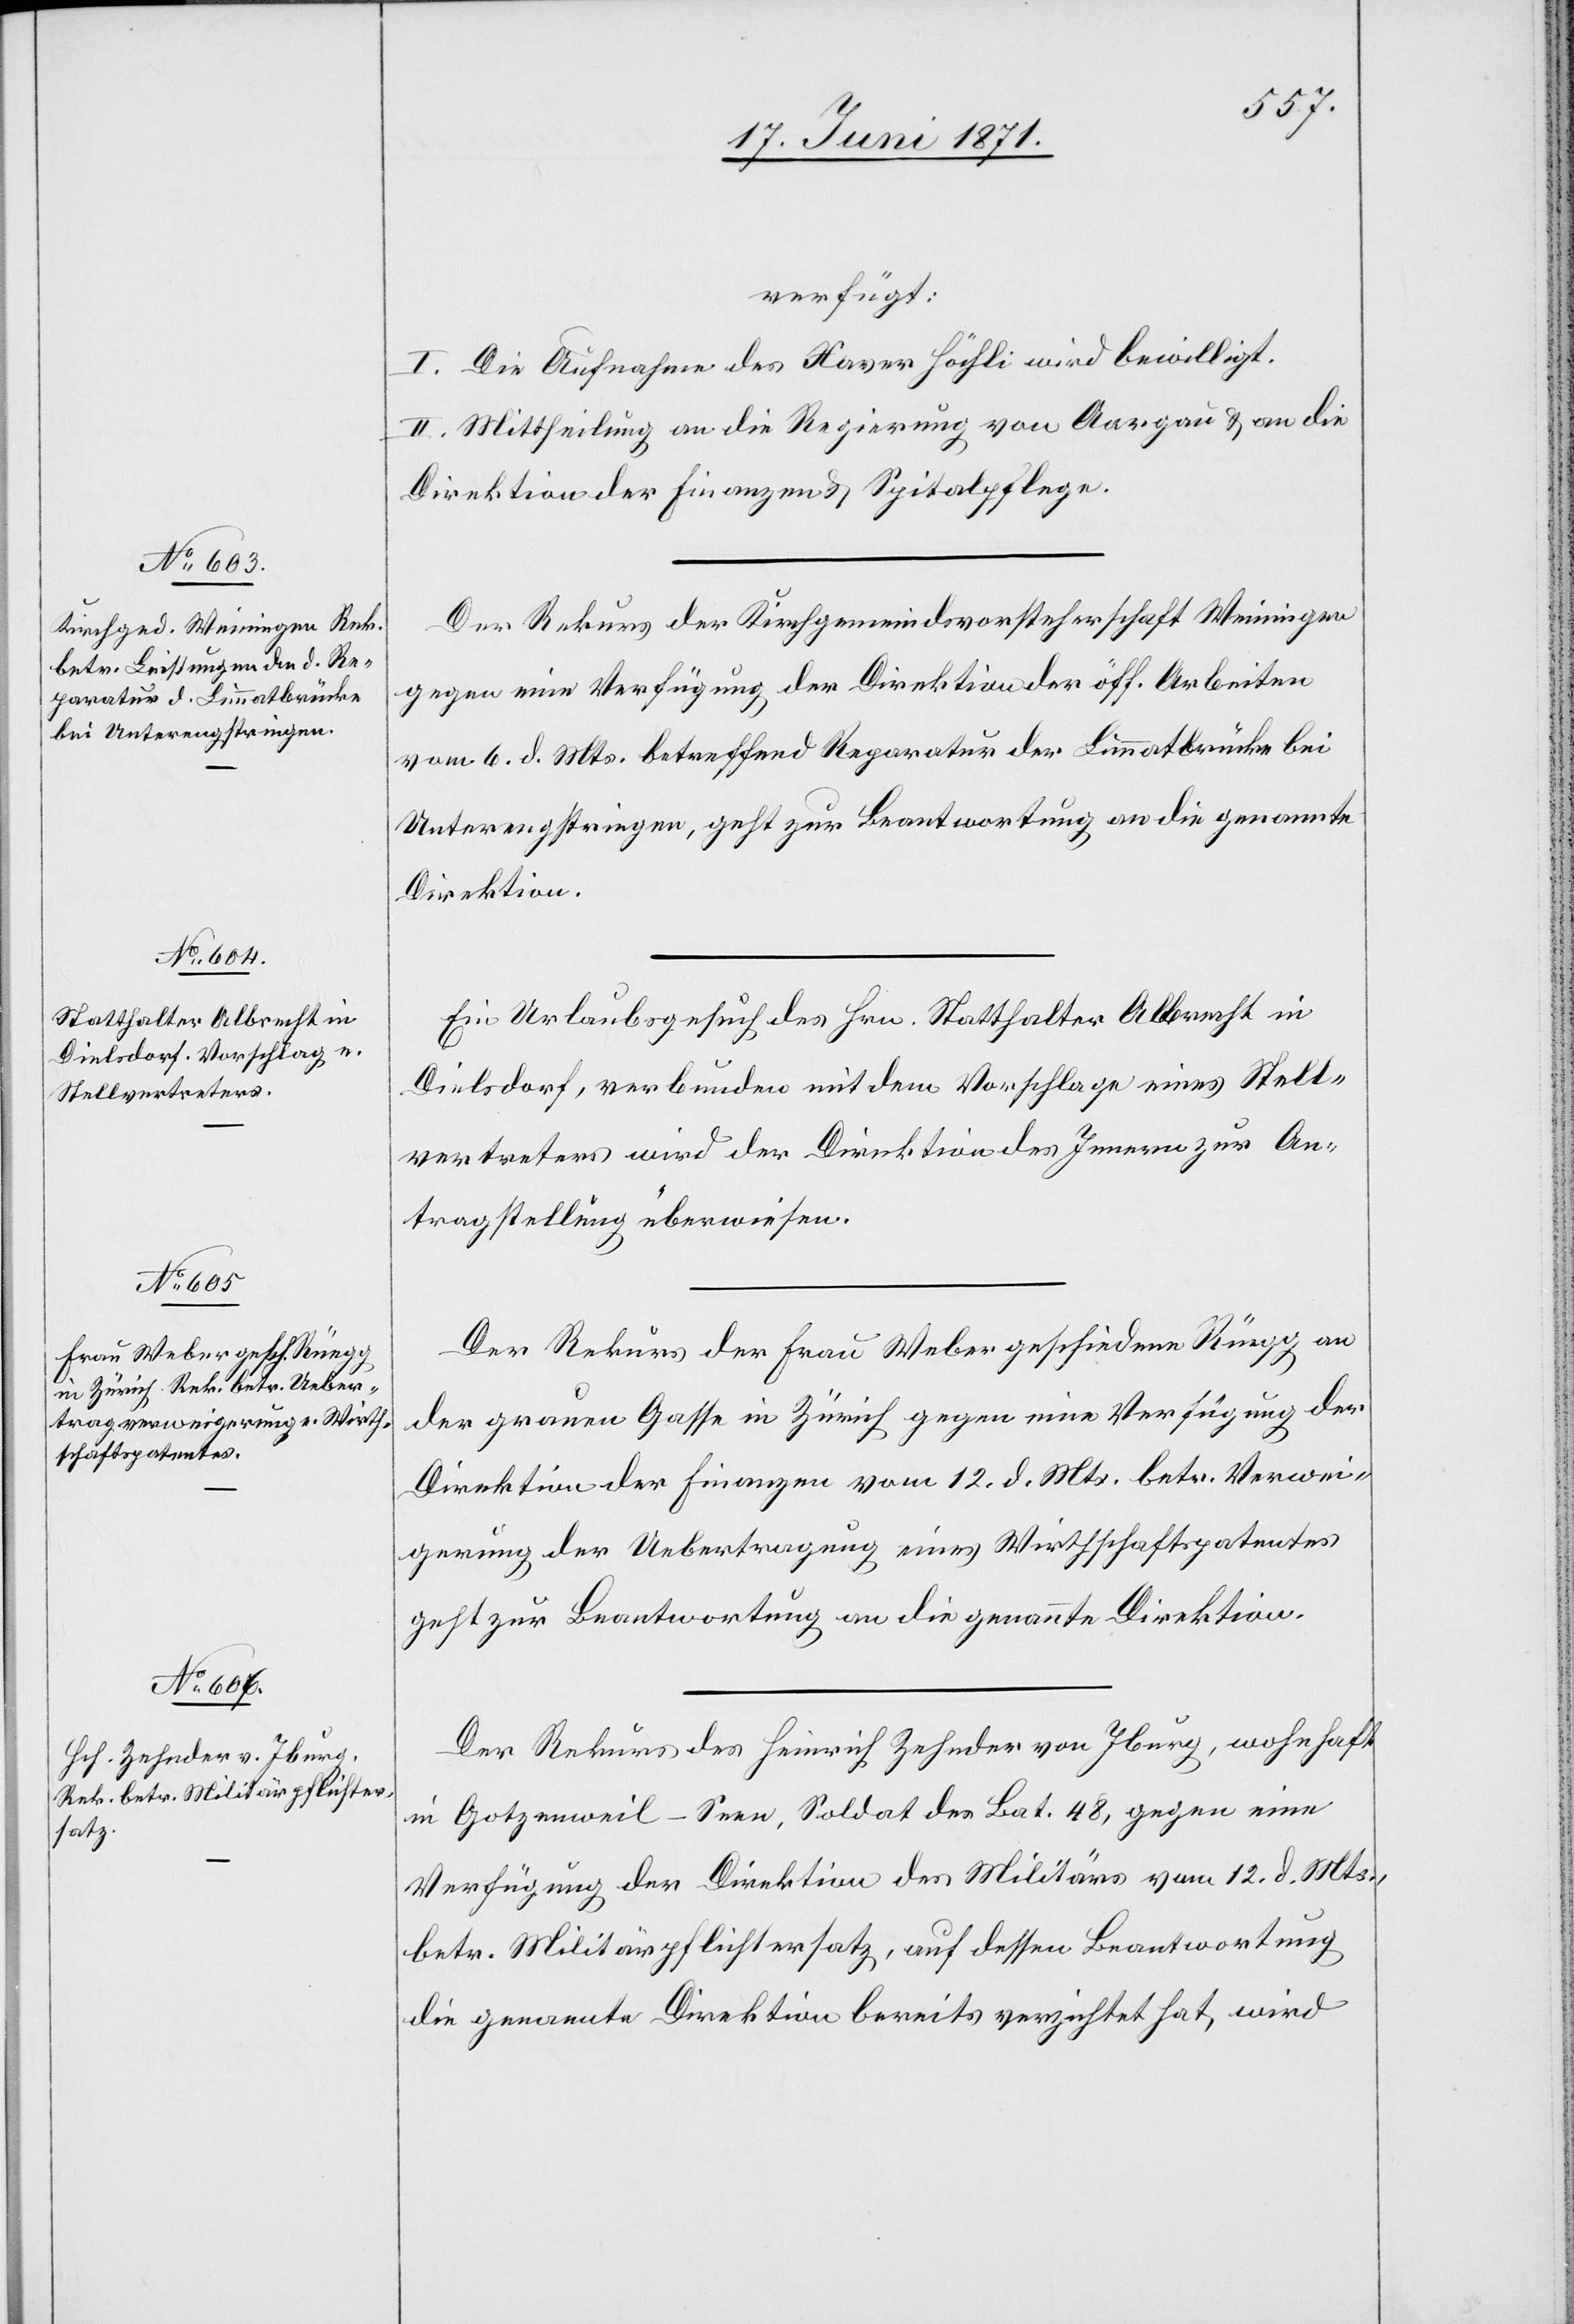
22. Juni 1871.]
verfügt:
I. Die Aufnahme des Xaver Höchli wird bewilligt.
II. Mittheilung an die Regierung von Aargau u. an die
Direktion der Finanzen u. Spitalpflege.
Der Rekurs der Kirchgemeindsvorsteherschaft Weiningen
gegen eine Verfügung der Direktion der öff. Arbeiten
vom 6. d. Mts. betreffend Reparatur der Limmatbrücke bei
Unterengstringen, geht zur Beantwortung an die genannte
Direktion.
Ein Urlaubsgesuch des Hrn. Statthalter Albrecht in
Dielsdorf, verbunden mit dem Vorschlage eines Stell¬
vertreters wird der Direktion des Innern zur An¬
tragstellung überwiesen.
Der Rekurs der Frau Weber geschiedene Rüegg an
der grauen Gasse in Zürich gegen eine Verfügung der
Direktion der Finanzen vom 12. d. Mts. betr. Verwei¬
gerung der Uebertragung eines Wirthschaftspatentes
geht zur Beantwortung an die genannte Direktion.
Der Rekurs des Heinrich Zehnder von Iburg, wohnhaft
in Gotzenweil-Seen, Soldat des Bat. 48, gegen eine
Verfügung der Direktion des Militärs vom 12. d. Mts.
betr. Militärpflichtersatz, auf dessen Beantwortung
die genannte Direktion bereits verzichtet hat, wird